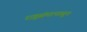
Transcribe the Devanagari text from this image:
राष्ट्रसंघापासुन